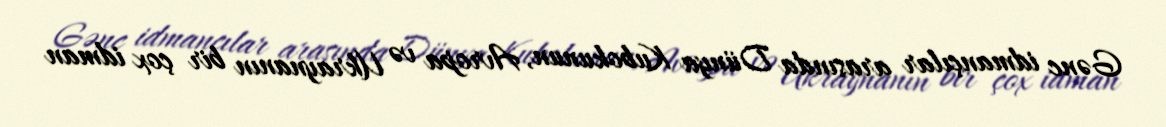
Gənc idmançılar arasında Dünya Kubokunun, Avropa və Ukraynanın bir çox idman